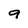
Character: 9